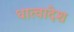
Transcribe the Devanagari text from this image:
धात्वादेश